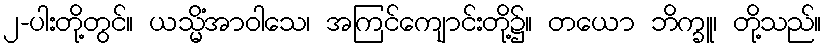
၂-ပါးတို့တွင်။ ယသ္မိံအာဝါသေ၊ အကြင်ကျောင်းတို့၌။ တယော ဘိက္ခူ၊ တို့သည်။